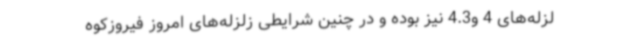
لزله‌های 4 و4.3 نیز بوده و در چنین شرایطی زلزله‌های امروز فیروزکوه